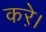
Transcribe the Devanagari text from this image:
करे़।